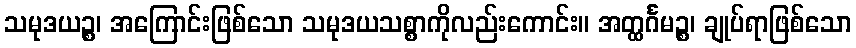
သမုဒယဉ္စ၊ အကြောင်းဖြစ်သော သမုဒယသစ္စာကိုလည်းကောင်း။ အတ္ထင်္ဂမဉ္စ၊ ချုပ်ရာဖြစ်သော